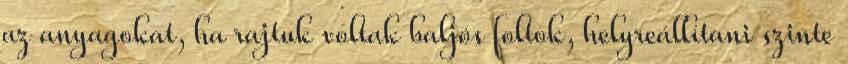
az anyagokat, ha rajtuk voltak baljós foltok, helyreállítani szinte